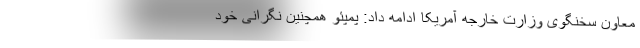
معاون سخنگوی وزارت خارجه آمریکا ادامه داد: پمپئو همچنین نگرانی خود